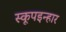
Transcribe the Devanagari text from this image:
स्कूपइन्हार